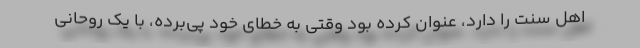
اهل سنت را دارد، عنوان کرده بود وقتی به خطای خود پی‌برده، با یک روحانی